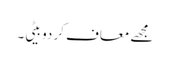
مجھے معاف کر دو بیٹی۔